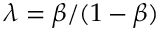
\lambda = \beta / ( 1 - \beta )